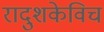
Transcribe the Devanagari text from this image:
रादुशकेविच